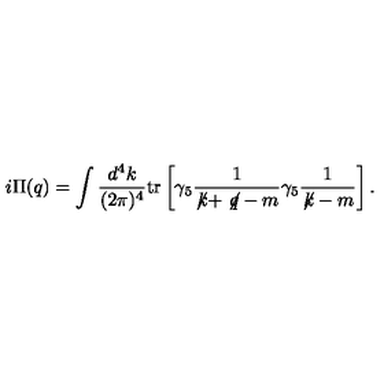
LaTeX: i \Pi ( q ) = \int \frac { d ^ { 4 } k } { ( 2 \pi ) ^ { 4 } } { \mathrm { t r } } \left[ \gamma _ { 5 } \frac { 1 } { \not \! k + \not \! q - m } \gamma _ { 5 } \frac { 1 } { \not \! k - m } \right] .